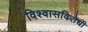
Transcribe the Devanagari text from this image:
विश्वासविरोधी